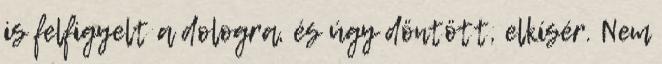
is felfigyelt a dologra, és úgy döntött, elkísér. Nem